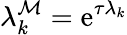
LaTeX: \lambda_{k}^{\mathcal{M}}=\operatorname{e}^{\tau\lambda_{k}}